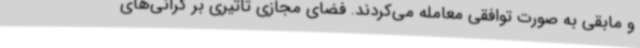
و مابقی به صورت توافقی معامله می‌کردند. فضای مجازی تاثیری بر گرانی‌های